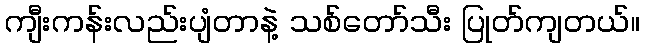
ကျီးကန်းလည်းပျံတာနဲ့ သစ်တော်သီး ပြုတ်ကျတယ်။